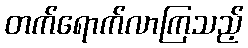
တက်ရောက်လာကြသည့်